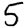
Digit: 5